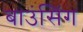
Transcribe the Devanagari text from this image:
बाउंसिंग